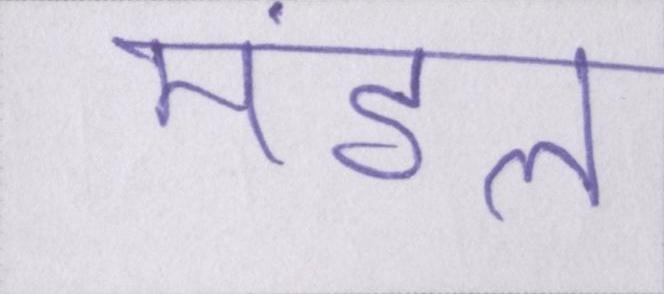
मंडल